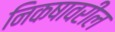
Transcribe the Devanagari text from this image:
निकषावरील